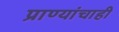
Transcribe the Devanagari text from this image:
प्राण्यांचाही